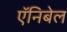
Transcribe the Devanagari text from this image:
ऍनिबेल